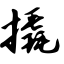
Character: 撬